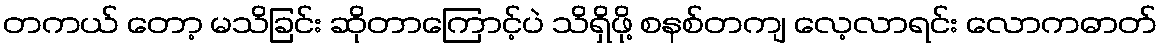
တကယ် တော့ မသိခြင်း ဆိုတာကြောင့်ပဲ သိရှိဖို့ စနစ်တကျ လေ့လာရင်း လောကဓာတ်